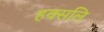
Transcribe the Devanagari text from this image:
हक्सलि